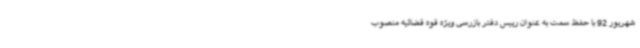
شهریور 92 با حفظ سمت به عنوان رییس دفتر بازرسی ویژه قوه قضائیه منصوب